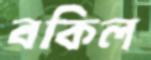
বকিল